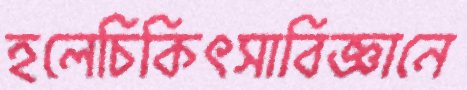
হলেচিকিৎসাবিজ্ঞানে